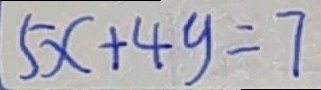
5 x + 4 y = 7